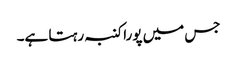
جس میں پورا کنبہ رہتا ہے۔